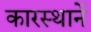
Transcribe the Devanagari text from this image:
कारस्थानें